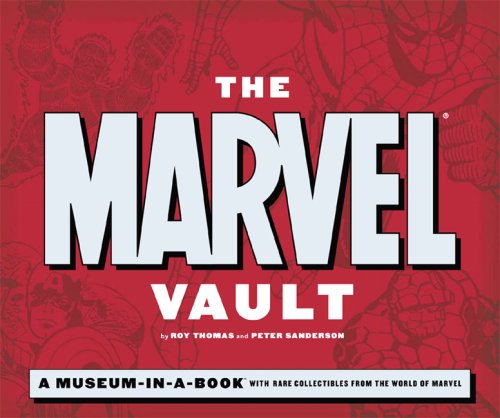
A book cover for The Marvel Vault: A Museum-in-a-Book with Rare Collectibles from the World of Marvel; Roy Thomas; Comics & Graphic Novels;